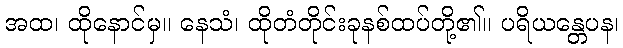
အထ၊ ထိုနောင်မှ။ နေသံ၊ ထိုတံတိုင်းခုနစ်ထပ်တို့၏။ ပရိယန္တေပန၊